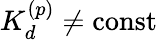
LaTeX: K_{d}^{(p)}\neq\mathrm{{const}}